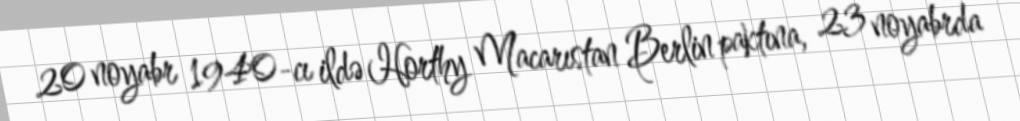
20 noyabr 1940-cı ildə Horthy Macarıstan Berlin paktına, 23 noyabrda